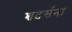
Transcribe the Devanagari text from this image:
शटर्सना